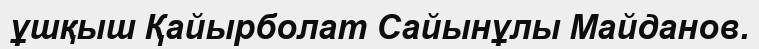
ұшқыш Қайырболат Сайынұлы Майданов.